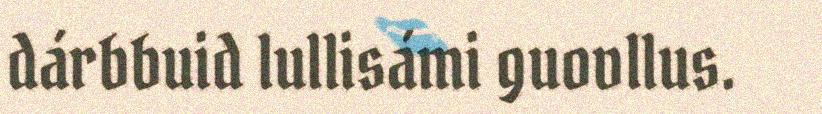
dárbbuid lullisámi guovllus.